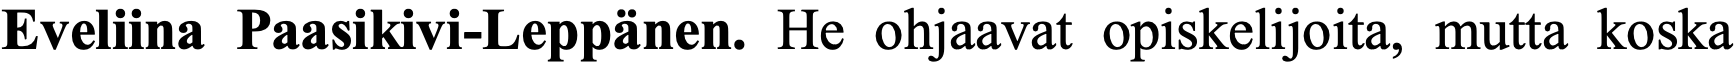
Eveliina Paasikivi-Leppänen. He ohjaavat opiskelijoita, mutta koska